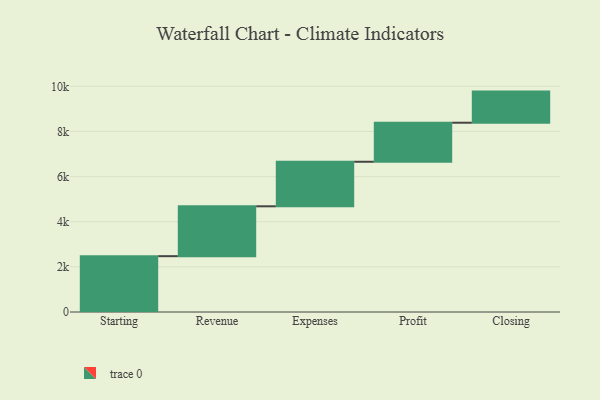
{"axis": {"x": "Step", "y": "Value"}, "legend": [""], "data": [{"x": "Starting", "y": 2474.0, "type": ""}, {"x": "Revenue", "y": 2210.0, "type": ""}, {"x": "Expenses", "y": 1974.0, "type": ""}, {"x": "Profit", "y": 1730.0, "type": ""}, {"x": "Closing", "y": 1379.0, "type": ""}]}